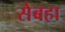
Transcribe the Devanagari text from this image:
सेबहा